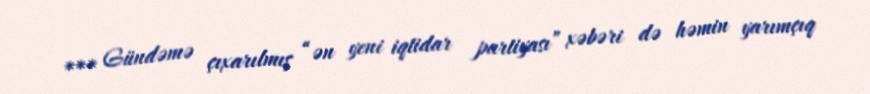
*** Gündəmə çıxarılmış “ən yeni iqtidar partiyası” xəbəri də həmin yarımçıq